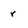
Character: r